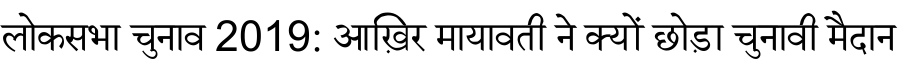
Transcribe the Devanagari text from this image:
लोकसभा चुनाव 2019: आख़िर मायावती ने क्यों छोड़ा चुनावी मैदान